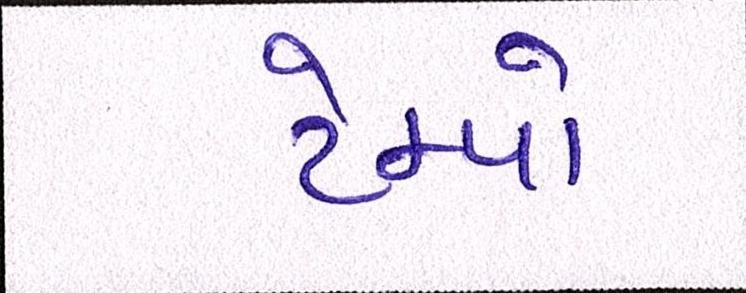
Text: ટેમ્પો